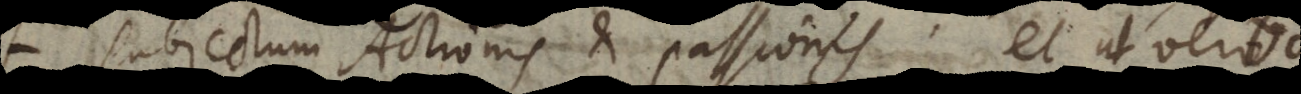
subjectum Actionis et passionis; et ut ver